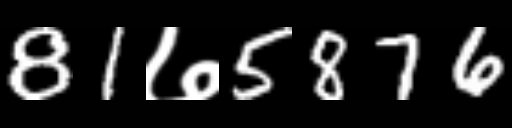
Text: 81७5876